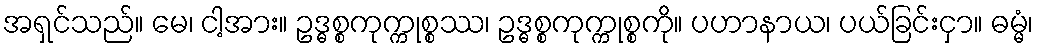
အရှင်သည်။ မေ၊ ငါ့အား။ ဥဒ္ဓစ္စကုက္ကုစ္စဿ၊ ဥဒ္ဓစ္စကုက္ကုစ္စကို။ ပဟာနာယ၊ ပယ်ခြင်းငှာ။ ဓမ္မံ၊